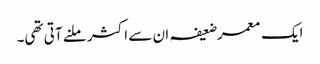
ایک معمر ضعیفہ ان سے اکثر ملنے آتی تھی۔